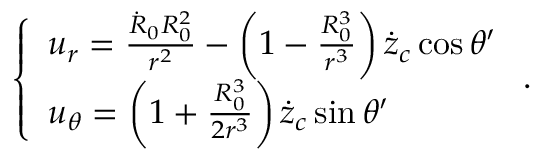
\left\{ \begin{array} { l } { u _ { r } = \frac { \dot { R } _ { 0 } R _ { 0 } ^ { 2 } } { r ^ { 2 } } - \left( 1 - \frac { R _ { 0 } ^ { 3 } } { r ^ { 3 } } \right) \dot { z } _ { c } \cos \theta ^ { \prime } } \\ { u _ { \theta } = \left( 1 + \frac { R _ { 0 } ^ { 3 } } { 2 r ^ { 3 } } \right) \dot { z } _ { c } \sin \theta ^ { \prime } } \end{array} \right. .